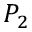
P _ { 2 }